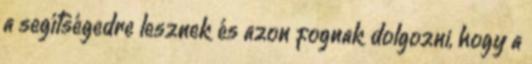
a segítségedre lesznek és azon fognak dolgozni, hogy a